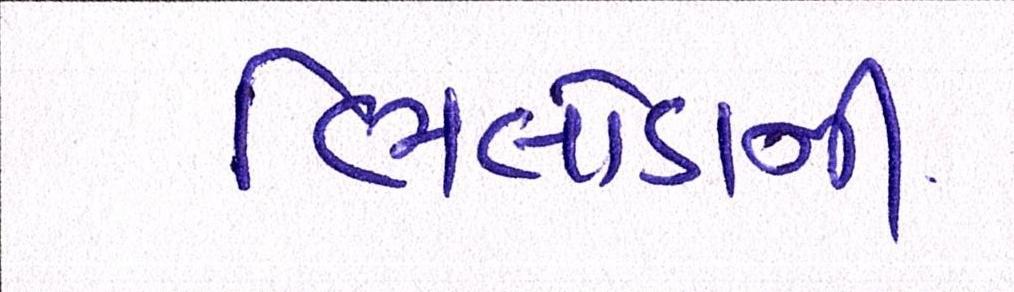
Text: ભિલોડાની